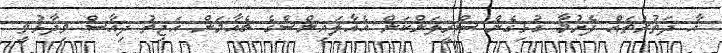
އާ ދަތުރުތައް ފެށުމާ ގުޅިގެން ސްރީލަންކަން އެއާލައިންސްގެ ޗެއާމަން އަޖިތު ދިއާސް ވިދާޅުވީ